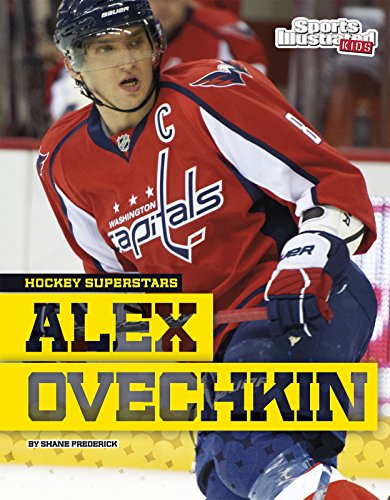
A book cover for Alexander Ovechkin (Hockey Superstars); Shane Frederick; Children's Books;